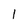
Character: l